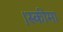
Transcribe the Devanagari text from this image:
।स्कीमा